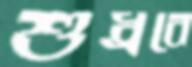
শুধ্‌রবে